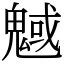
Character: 魊